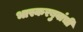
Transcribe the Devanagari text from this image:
भास्करबुवांची